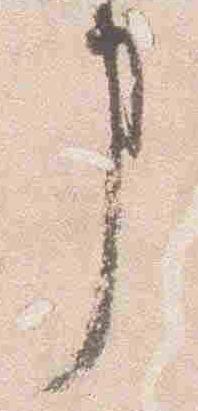
事